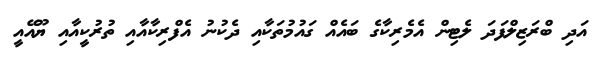
އަދި ބްރަޒިލްފަދަ ލެޓިން އެމެރިކާގެ ބައެއް ގައުމުތަކާއި ދެކުނު އެފްރިކާއާއި ތުރުކީއާއި ޔޫއޭއީ